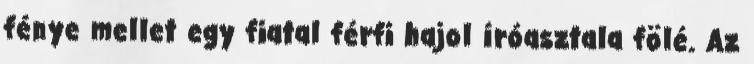
fénye mellet egy fiatal férfi hajol íróasztala fölé. Az